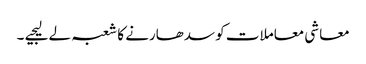
معاشی معاملات کو سدھارنے کا شعبہ لے لیجیے ۔